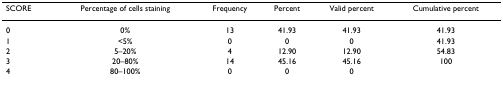
<table><thead><tr><td><b>SCORE</b></td><td><b>Percentage of cells staining</b></td><td><b>Frequency</b></td><td><b>Percent</b></td><td><b>Valid percent</b></td><td><b>Cumulative percent</b></td></tr></thead><tbody><tr><td>0</td><td>0%</td><td>13</td><td>41.93</td><td>41.93</td><td>41.93</td></tr><tr><td>1</td><td>&lt;5%</td><td>0</td><td>0</td><td>0</td><td>41.93</td></tr><tr><td>2</td><td>5–20%</td><td>4</td><td>12.90</td><td>12.90</td><td>54.83</td></tr><tr><td>3</td><td>20–80%</td><td>14</td><td>45.16</td><td>45.16</td><td>100</td></tr><tr><td>4</td><td>80–100%</td><td>0</td><td>0</td><td>0</td><td></td></tr></tbody></table>